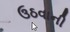
ઉઠવાની